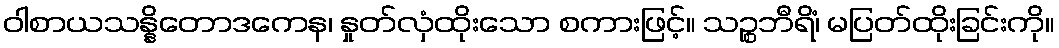
ဝါစာယသန္နိတောဒကေန၊ နှုတ်လှံထိုးသော စကားဖြင့်။ သဉ္စဘီရိံ၊ မပြတ်ထိုးခြင်းကို။